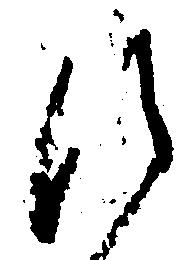
ひ